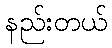
နည်းတယ်